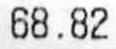
68.82